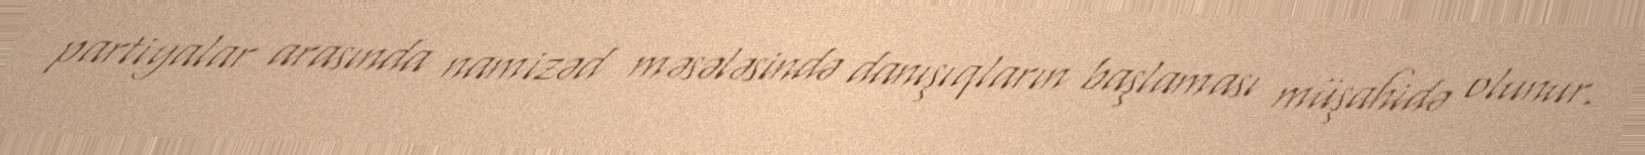
partiyalar arasında namizəd məsələsində danışıqların başlaması müşahidə olunur.